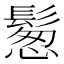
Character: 𩮀